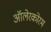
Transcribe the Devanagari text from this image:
ऑलेरकोरम